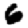
Digit: 6